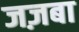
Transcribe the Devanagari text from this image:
जज़बा